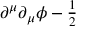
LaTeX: \partial ^ { \mu } \partial _ { \mu } \phi - { \textstyle \frac 1 2 }